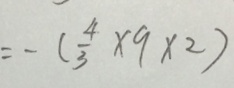
= - ( \frac { 4 } { 3 } \times 9 \times 2 )